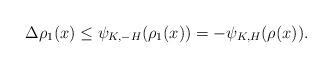
LaTeX: \begin{align*}\Delta \rho_1(x) \leq \psi_{K,-H} (\rho_1(x)) =-\psi_{K,H} (\rho(x)).\end{align*}